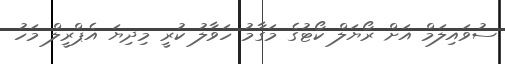
ސުވައިލަމް އަށް ރޯޔަލް ކޯޓުގެ މަގާމު ހަވާލު ކުރީ މިދިޔަ އެޕްރީލް މަހު